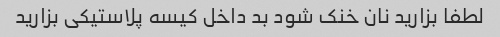
لطفا بزارید نان خنک شود بد داخل کیسه پلاستیکی بزارید